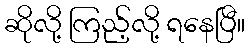
ဆိုလို့ ကြည့်လို့ ရနေပြီ။